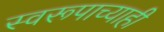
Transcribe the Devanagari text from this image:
स्वरूपाच्याही